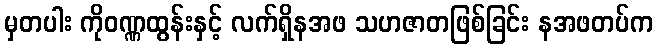
မှတပါး ကိုဝဏ္ဏထွန်းနှင့် လက်ရှိနအဖ သဟဇာတဖြစ်ခြင်း နအဖတပ်က